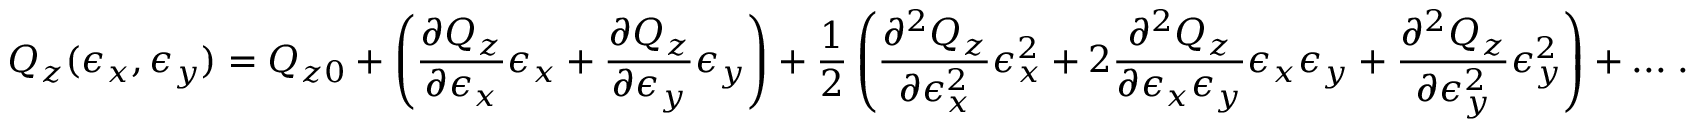
Q _ { z } ( \epsilon _ { x } , \epsilon _ { y } ) = Q _ { z 0 } + \left( \frac { \partial Q _ { z } } { \partial \epsilon _ { x } } \epsilon _ { x } + \frac { \partial Q _ { z } } { \partial \epsilon _ { y } } \epsilon _ { y } \right) + \frac { 1 } { 2 } \left( \frac { \partial ^ { 2 } Q _ { z } } { \partial \epsilon _ { x } ^ { 2 } } \epsilon _ { x } ^ { 2 } + 2 \frac { \partial ^ { 2 } Q _ { z } } { \partial \epsilon _ { x } \epsilon _ { y } } \epsilon _ { x } \epsilon _ { y } + \frac { \partial ^ { 2 } Q _ { z } } { \partial \epsilon _ { y } ^ { 2 } } \epsilon _ { y } ^ { 2 } \right) + . . . \; .